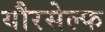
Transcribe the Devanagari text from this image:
यौरसेल्फ